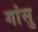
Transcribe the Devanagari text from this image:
गांसु